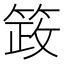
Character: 䈣